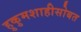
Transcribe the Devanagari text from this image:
हुकुमशाहीसोबत